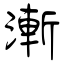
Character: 漸